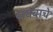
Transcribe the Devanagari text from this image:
जयबाचे